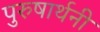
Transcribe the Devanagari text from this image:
पुरुषार्थनी